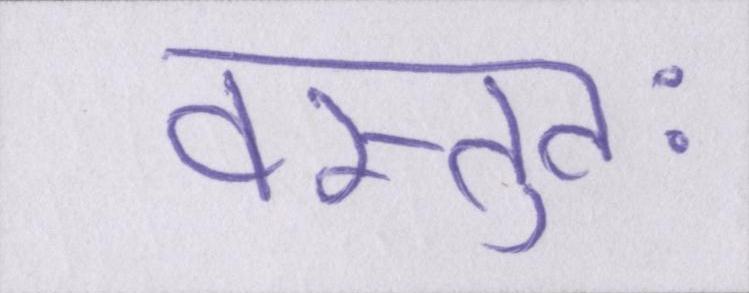
वस्तुतः